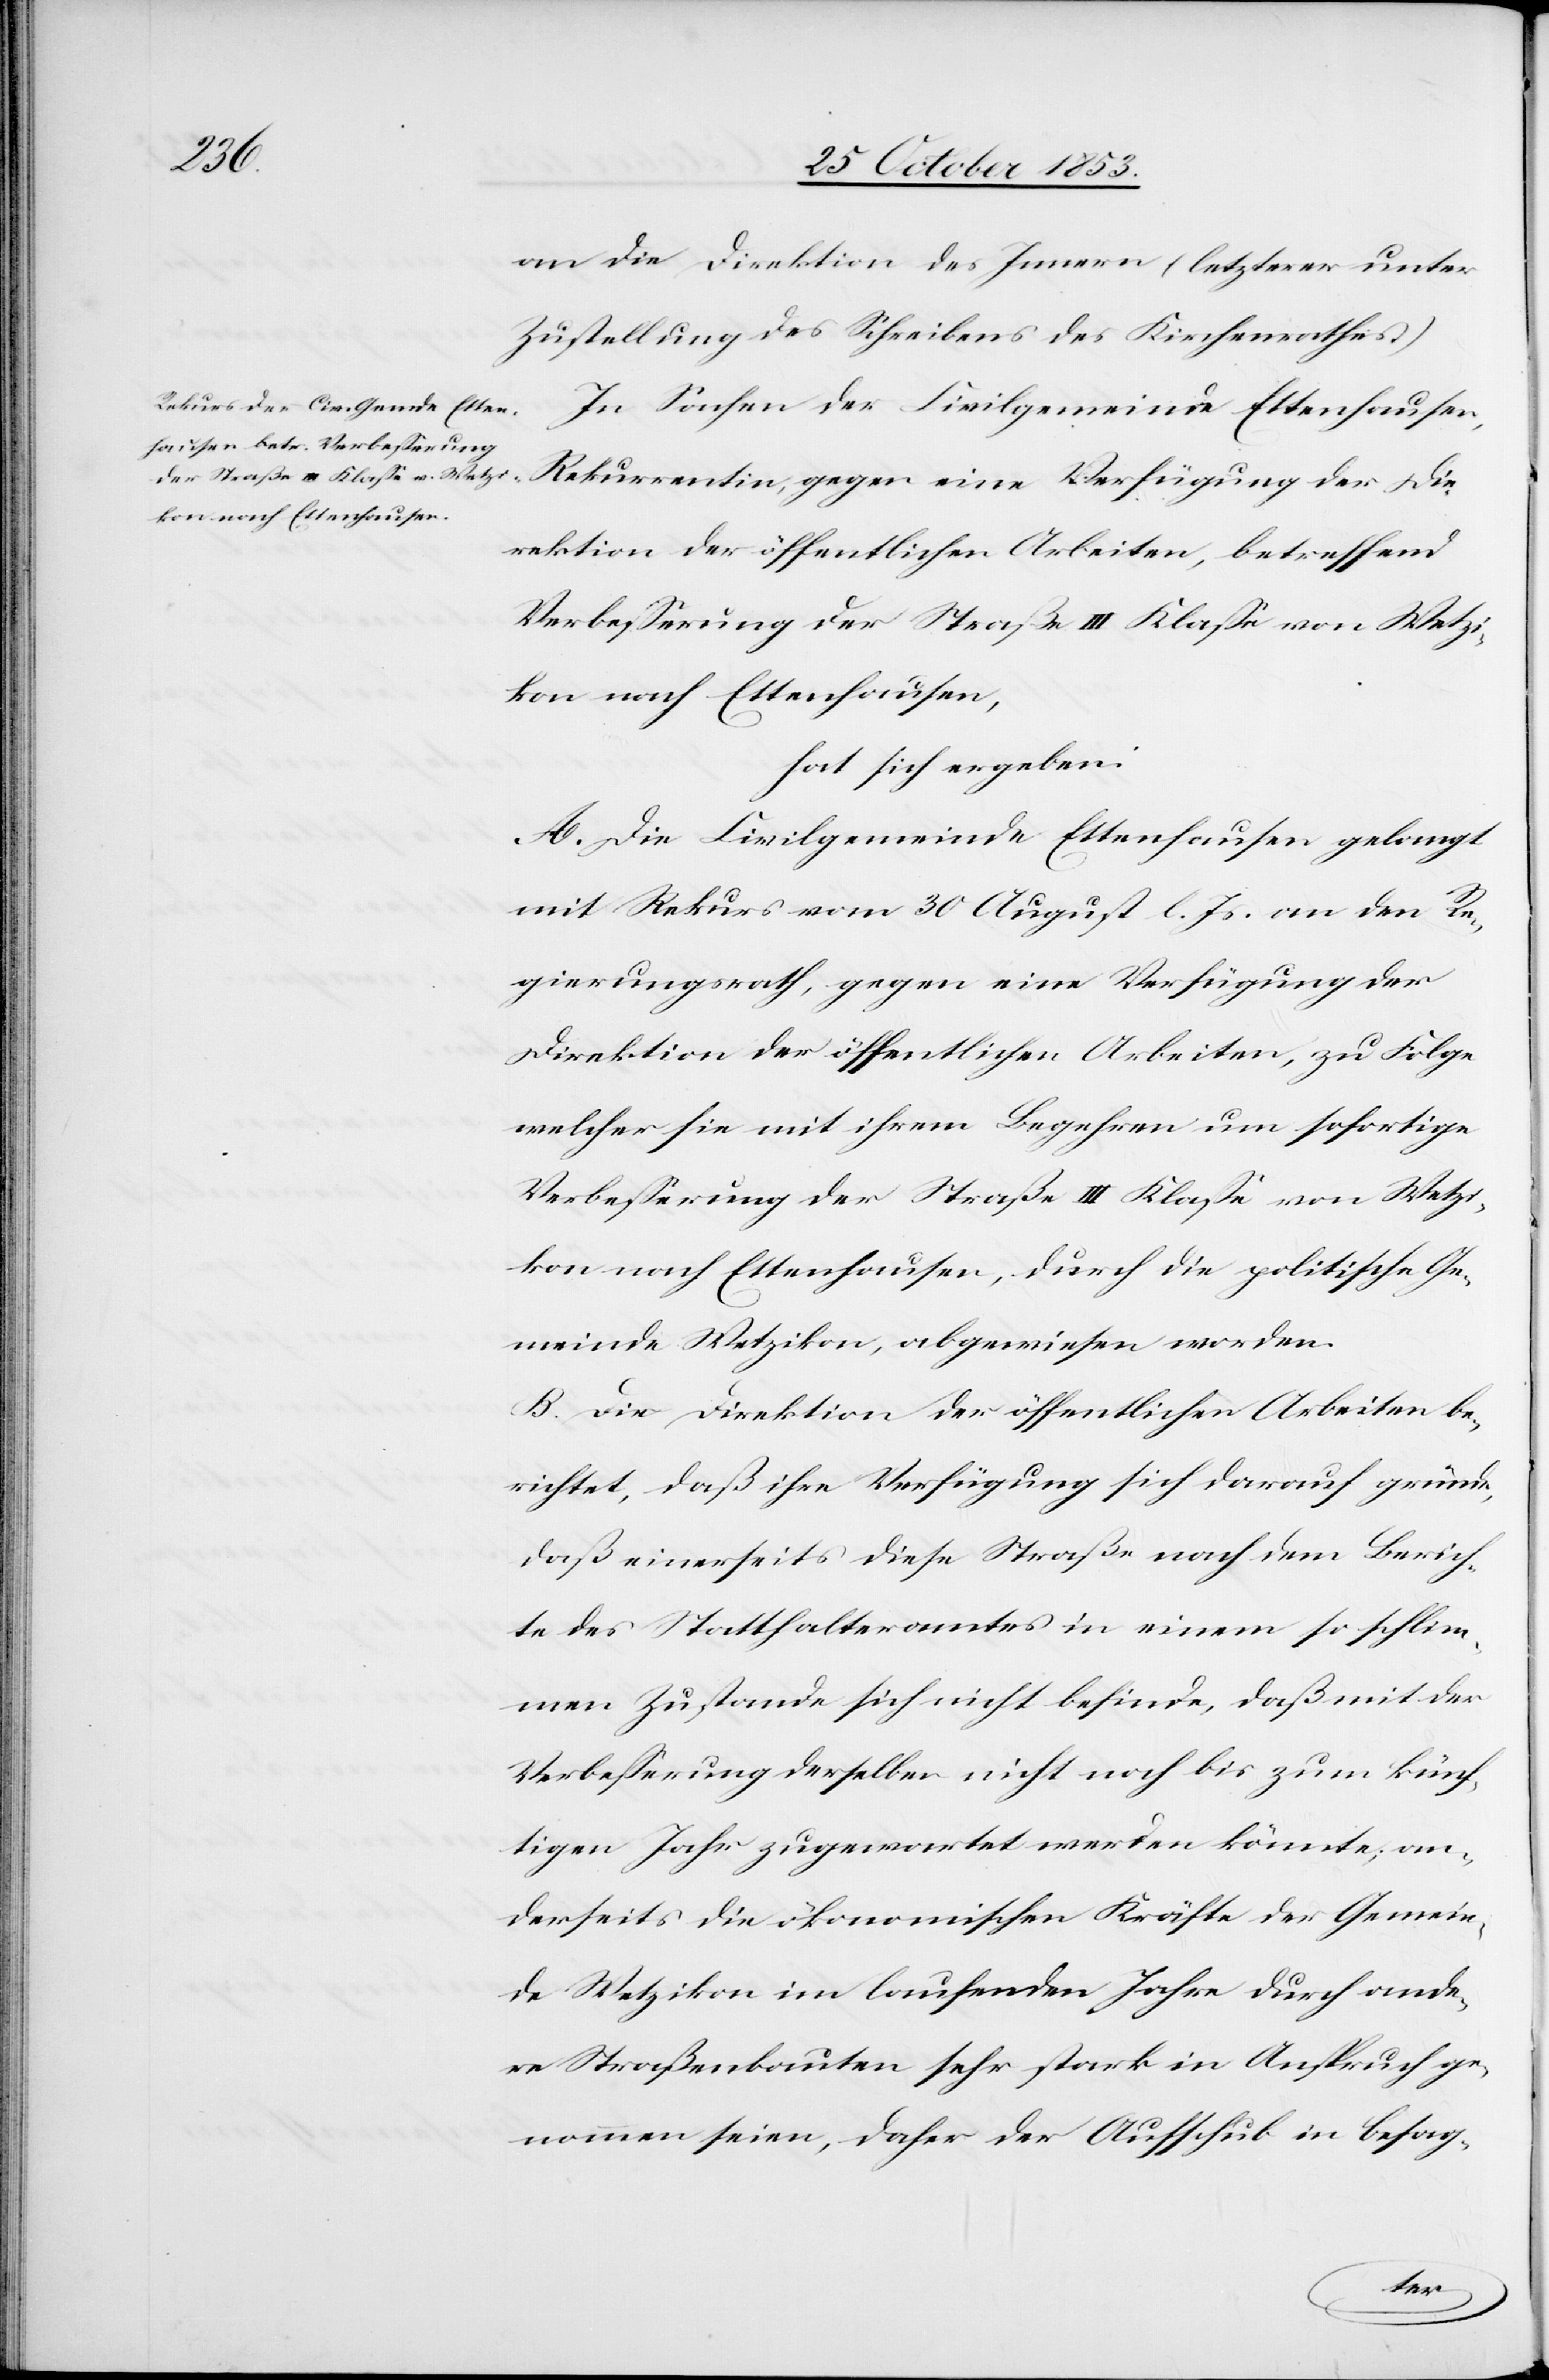
an die Direktion des Innern (letzterer unter
Zustellung des Schreibens des Kirchenrathes.)
In Sachen der Civilgemeinde Ettenhausen,
Direktion der öffentlichen Arbeiten, betreffend
kon nach Ettenhausen,
hat sich ergeben:
A. Die Civilgemeinde Ettenhausen gelangt
mit Rekurs vom 30 August l. Js. an den Re¬
gierungsrath, gegen eine Verfügung der
Direktion der öffentlichen Arbeiten, zu Folge
welcher sie mit ihrem Begehren um sofortige
Verbeßerung der Straße III Klaße von Wetzi¬
kon nach Ettenhausen, durch die politische Ge¬
meinde Wetzikon, abgewiesen worden.
B. Die Direktion der öffentlichen Arbeiten be¬
richtet, daß ihre Verfügung sich darauf gründe,
daß einerseits diese Straße nach dem Berich¬
te des Statthalteramtes in einem so schlim¬
men Zustande sich nicht befinde, daß mit der
Verbeßerung derselben nicht noch bis zum künf¬
tigen Jahr zugewartet werden könnte, an¬
derseits die ökonomischen Kräfte der Gemein¬
de Wetzikon im laufenden Jahre durch ande¬
re Straßenbauten sehr stark in Anspruch ge¬
nommen seien, daher der Aufschub in besag-
der